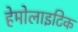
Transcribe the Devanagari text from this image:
हेमोलाइटिक